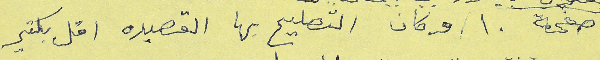
صفحة ١٠ وكان التصليح بها القصيده اقل بكتير